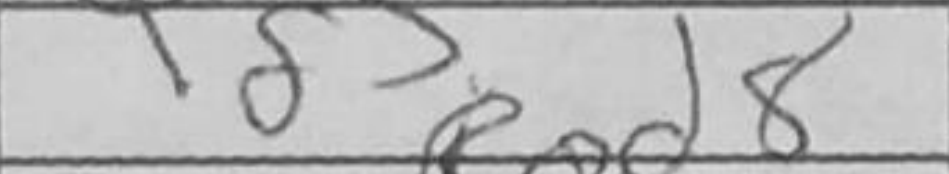
Transcription: Rad8